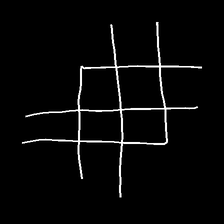
Glyph: crystal